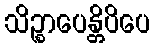
သိဉ္စာပေန္တိပိပေ